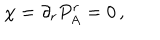
\chi = \partial _ { r } P _ { A } ^ { r } = 0 \, ,